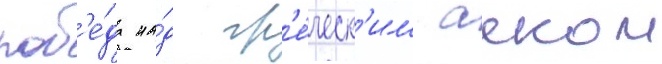
поб'е́да на́д гр'е́ческ'им аеком